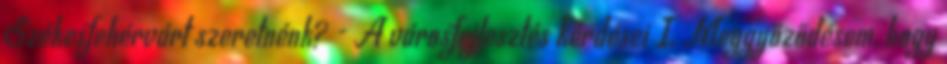
Székesfehérvárt szeretnénk? - A városfejlesztés kérdései I. Meggyőződésem, hogy